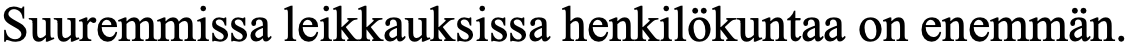
Suuremmissa leikkauksissa henkilökuntaa on enemmän.